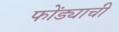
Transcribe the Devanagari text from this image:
फोंड्याची